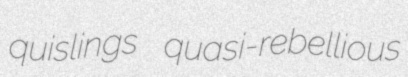
quislings quasi-rebellious